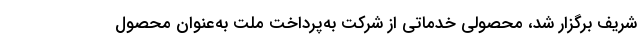
شریف برگزار شد، محصولی خدماتی از شرکت به‌پرداخت ملت به‌عنوان محصول